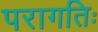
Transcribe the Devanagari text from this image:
परागतिः